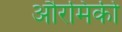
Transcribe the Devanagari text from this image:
औरमिकी